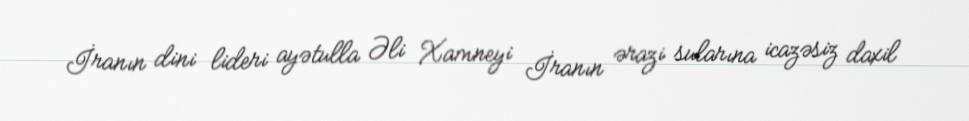
İranın dini lideri ayətulla Əli Xamneyi İranın ərazi sularına icazəsiz daxil